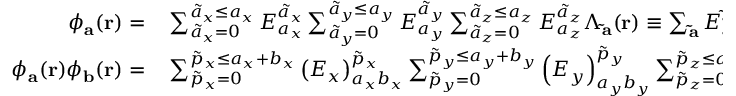
\begin{array} { r l } { \phi _ { \mathbf { a } } ( { \bf r } ) = } & { { } \sum _ { \tilde { a } _ { x } = 0 } ^ { \tilde { a } _ { x } \leq a _ { x } } E _ { a _ { x } } ^ { \tilde { a } _ { x } } \sum _ { \tilde { a } _ { y } = 0 } ^ { \tilde { a } _ { y } \leq a _ { y } } E _ { a _ { y } } ^ { \tilde { a } _ { y } } \sum _ { \tilde { a } _ { z } = 0 } ^ { \tilde { a } _ { z } \leq a _ { z } } E _ { a _ { z } } ^ { \tilde { a } _ { z } } \Lambda _ { \mathbf { \tilde { a } } } ( \mathbf { r } ) \equiv \sum _ { \mathbf { \tilde { a } } } E _ { \mathbf { a } } ^ { \mathbf { \tilde { a } } } \Lambda _ { \mathbf { \tilde { a } } } ( \mathbf { r } ) , } \\ { \phi _ { \mathbf { a } } ( { \bf r } ) \phi _ { \mathbf { b } } ( { \bf r } ) = } & { { } \sum _ { \tilde { p } _ { x } = 0 } ^ { \tilde { p } _ { x } \leq a _ { x } + b _ { x } } \left( E _ { x } \right) _ { a _ { x } b _ { x } } ^ { \tilde { p } _ { x } } \sum _ { \tilde { p } _ { y } = 0 } ^ { \tilde { p } _ { y } \leq a _ { y } + b _ { y } } \left( E _ { y } \right) _ { a _ { y } b _ { y } } ^ { \tilde { p } _ { y } } \sum _ { \tilde { p } _ { z } = 0 } ^ { \tilde { p } _ { z } \leq a _ { z } + b _ { z } } \left( E _ { z } \right) _ { a _ { z } b _ { z } } ^ { \tilde { p } _ { z } } \Lambda _ { \mathbf { \tilde { p } } } ( \mathbf { r } ) \equiv \sum _ { \mathbf { \tilde { p } } } E _ { \mathbf { a } \mathbf { b } } ^ { \mathbf { \tilde { p } } } \Lambda _ { \mathbf { \tilde { p } } } ( \mathbf { r } ) , } \end{array}